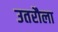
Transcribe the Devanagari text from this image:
उतरौला